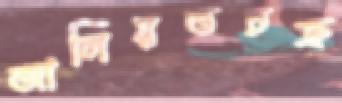
জালিয়তচক্র